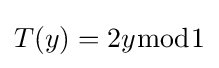
T(y)=2y{\bmod {1}}